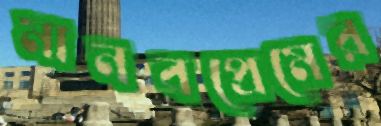
মানবপ্রেমের